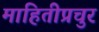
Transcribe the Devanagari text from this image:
माहितीप्रचुर